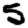
Digit: 5